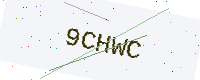
Text: 9CHWC